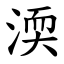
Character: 渜